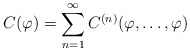
\begin{align*}C(\varphi)=\sum_{n=1}^\infty C^{(n)}(\varphi,\dots,\varphi) \end{align*}